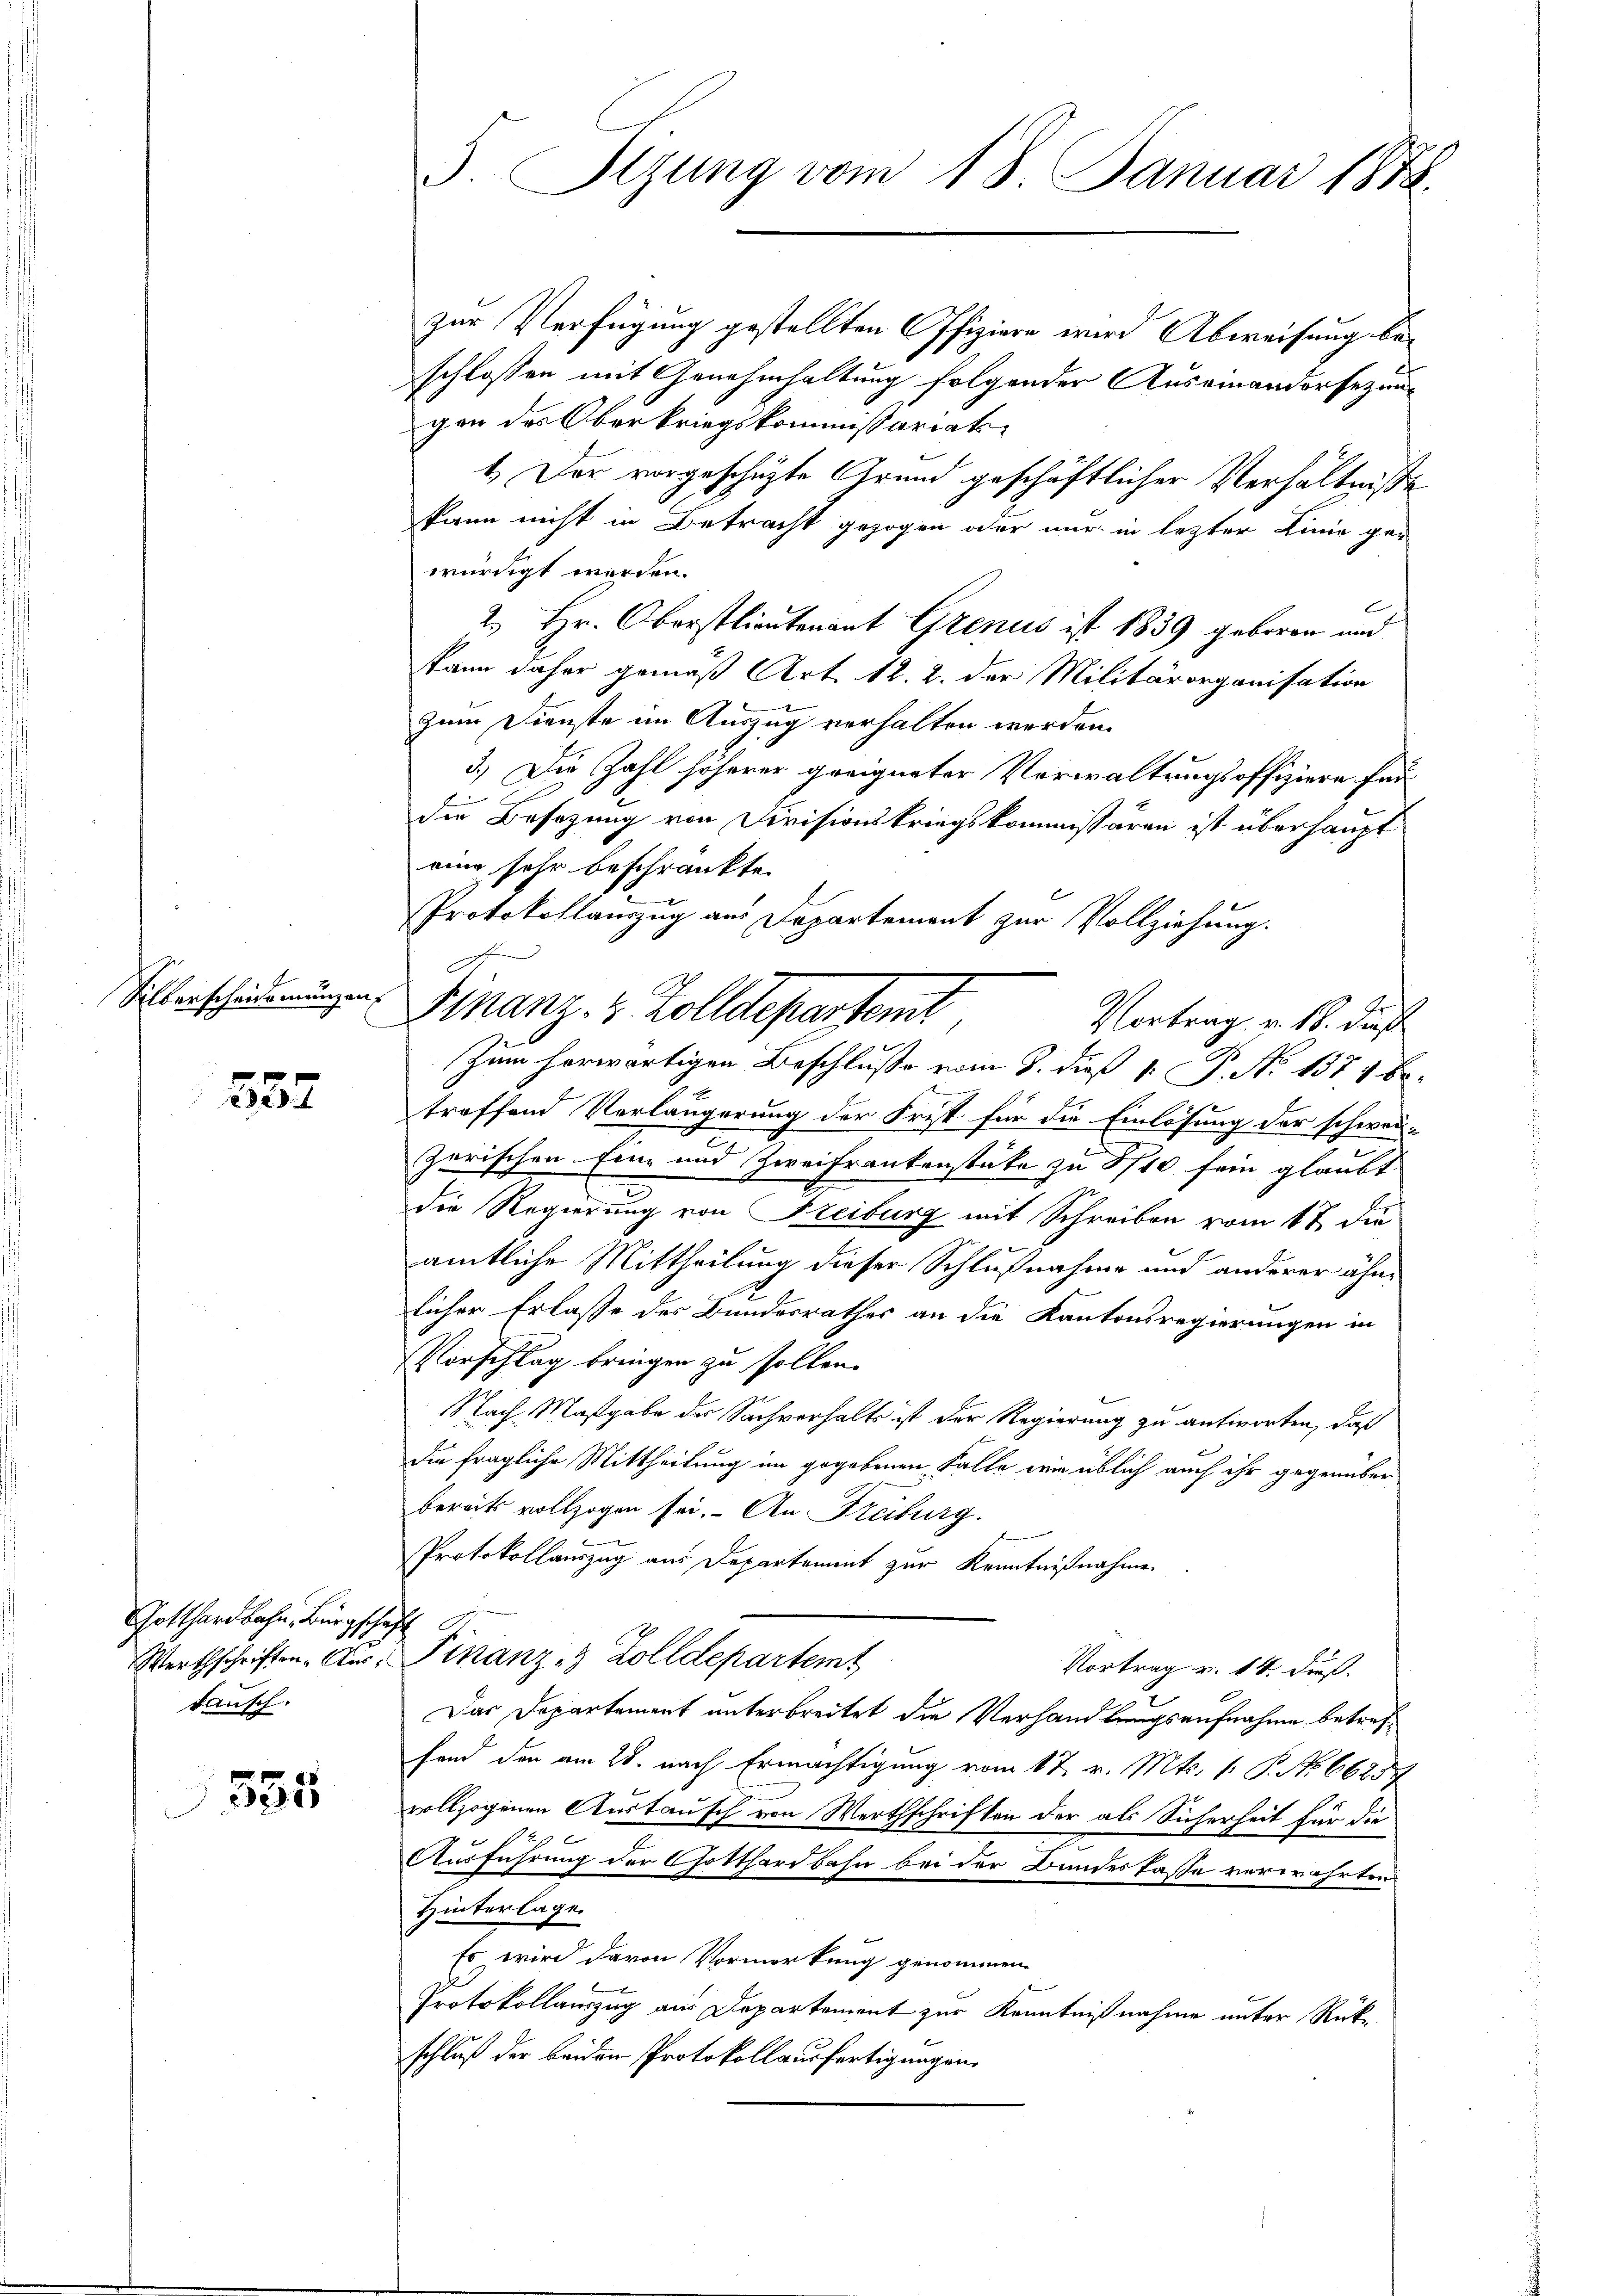
Silberscheidemungen.

232

Gotthardbahn, Bürgsch
tausch.

355

zur Verfügung gestellten Offiziere wird Abweisung beschlossen mit Genehmhaltung folgender Auseinandersezungen des Oberkriegskommissariats¬
1.) Der vorgeschüzte Grund geschäftlicher Verhältniße
kann nicht in Betracht gezogen oder nur in lezter Linie ge-
würdigt werden.
2.) Hr. Oberstlieutenant Grenus ist 1839 geboren und
kann daher gemäß Art. 12. 2. der Militärorganisation
zum Dienste im Auszug verhalten werden.
3.) Die Zahl höherer geeigneter Verwaltungsoffiziere für
die Besizung von Divisionskriegskommissären ist überhaupt
eine sehr beschränkte
Vortrag v. 18. dieß
Zum herwärtigen Beschluße vom 8. dieß 1. P. No 1371 betreffend Verlängerung der Frist für die Einlösung der schwei-
zarischen Eine und Zweifrankenstüke zu 8710 sein glaubt
die Regierung von Freiburg mit Schreiben vom 17 die
amtliche Mittheilung dieser Schlußnahme und anderer ähnlicher Erlasse des Bundesrathes an die Kantonsregierungen in
VVorschlag bringen zu sollen.
Nach Maßgabe der Sachverhalts ist der Regierung zu antworten, daß
Die fragliche Mittheilung im gegebenen Falle wie üblich auch ihr gegenüber
bereits vollzogen sei. An Freiburg.
Protokollauszug aus Departement zur Kenntnißnahme
h
Werthschriften Aur. Finanz- & Zolldepartemt
Vortrag v. 14. dieß.
Das Departement unterbreitet die Verhandlungsaufnahme betreffend den am 28. nach Ermächtigung vom 17. v. Mts. 1. P. No 6625 f
vollzogenen Austausch von Werthschriften der als Sicherheit für die
Ausführung der Gotthardbahn bei der Bundeskasse verwehrten
Hinterlage.
Es wird davon Vormerkung genommen.
Protokollauszug aus Departement zur Kenntnißnahme unter Rückschluß der beiden Protokollausfertigungen

Protokollauszug aus Departement zur Vollziehung.
Finanz- & Zolldepartemt

J. Stzung vom 18. Januar 1878.